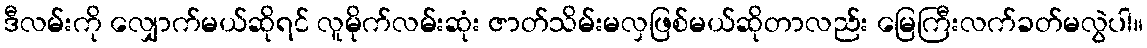
ဒီလမ်းကို လျှောက်မယ်ဆိုရင် လူမိုက်လမ်းဆုံး ဇာတ်သိမ်းမလှဖြစ်မယ်ဆိုတာလည်း မြေကြီးလက်ခတ်မလွဲပါ။